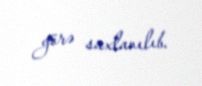
görə saxlanılıb.